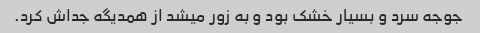
جوجه سرد و بسیار خشک بود و به زور میشد از همدیگه جداش کرد.